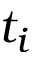
t _ { i }